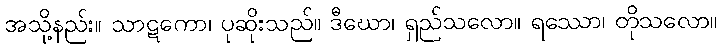
အသို့နည်း။ သာဋကော၊ ပုဆိုးသည်။ ဒီဃော၊ ရှည်သလော။ ရဿော၊ တိုသလော။